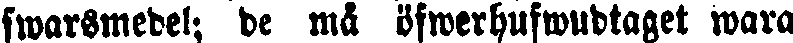
swarsmedel; de må öfwerhufwustaget wara